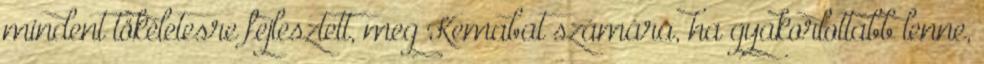
mindent tökéletesre fejlesztett, meg Kemabat számára, ha gyakorlottabb lenne,